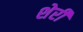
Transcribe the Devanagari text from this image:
शेर्री